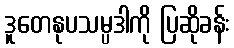
ဒူတေနုပသမ္ပဒါကို ပြဆိုခန်း